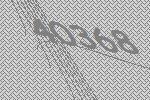
40368